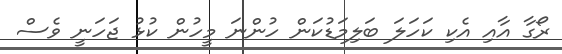
ރޯގާ އާއި އެކި ކަހަލަ ބަލިމަޑުކަން ހުންނަ މީހުން ކުޅު ޖަހަނީ ވެސް